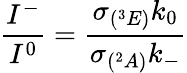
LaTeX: \frac{I^{-}}{I^{0}}=\frac{\sigma_{(^{3}E)}k_{0}}{\sigma_{(^{2}A)}k_{-}}